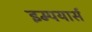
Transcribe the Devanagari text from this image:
इम्पयार्स